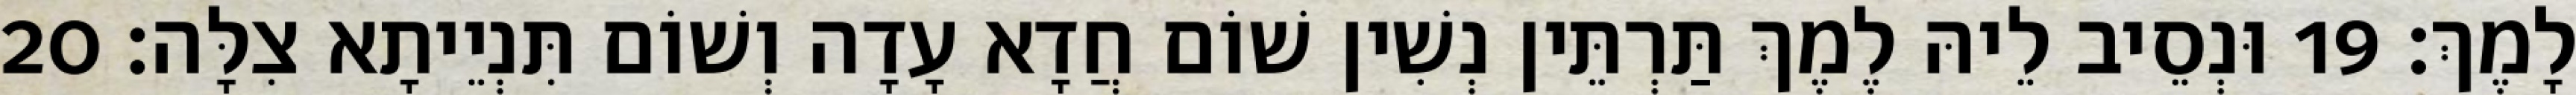
לָמֶךְ׃ 19 וּנְסֵיב לֵיהּ לֶמֶךְ תַּרְתֵּין נְשִׁין שׁוֹם חֲדָא עָדָה וְשׁוֹם תִּנְיֵיתָא צִלָּה׃ 20